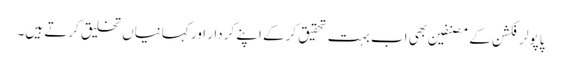
پاپولر فکشن کے مصنفین بھی اب بہت تحقیق کرکے اپنے کردار اور کہانیاں تخلیق کرتے ہیں۔